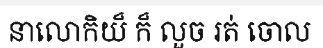
នាលោកិយ៏ ក៏ លួច រត់ ចោល